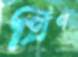
গ্রিণ